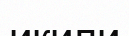
икили